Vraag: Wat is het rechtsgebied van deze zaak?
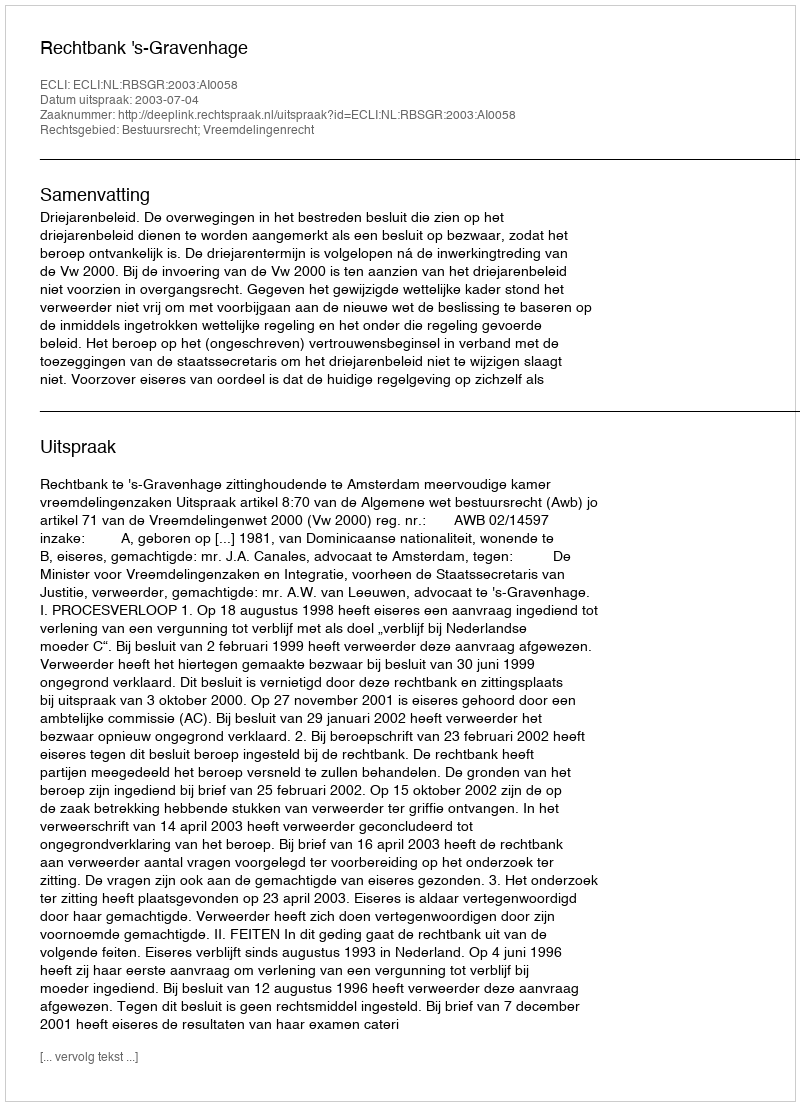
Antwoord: Bestuursrecht; Vreemdelingenrecht